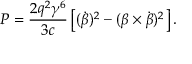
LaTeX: P = { \frac { 2 q ^ { 2 } \gamma ^ { 6 } } { 3 c } } \left[ ( { \dot { \boldsymbol { \beta } } } ) ^ { 2 } - ( { \boldsymbol { \beta } } \times { \dot { \boldsymbol { \beta } } } ) ^ { 2 } \right] .